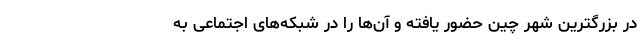
در بزرگترین شهر چین حضور یافته و آن‌ها را در شبکه‌های اجتماعی به